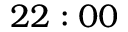
2 2 : 0 0